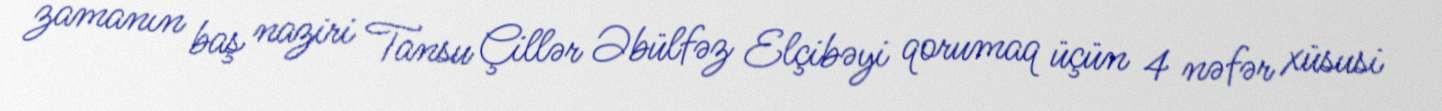
zamanın baş naziri Tansu Çillər Əbülfəz Elçibəyi qorumaq üçün 4 nəfər xüsusi